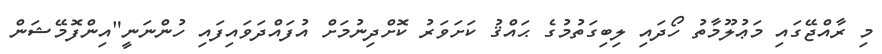
މި ރާއްޖޭގައި މަޢުލޫމާތު ހޯދައި ލިބިގަތުމުގެ ޙައްޤު ކަށަވަރު ކޮށްދިނުމަށް އުފައްދަވައިފައި ހުންނަނީ"އިންފޮމޭޝަން